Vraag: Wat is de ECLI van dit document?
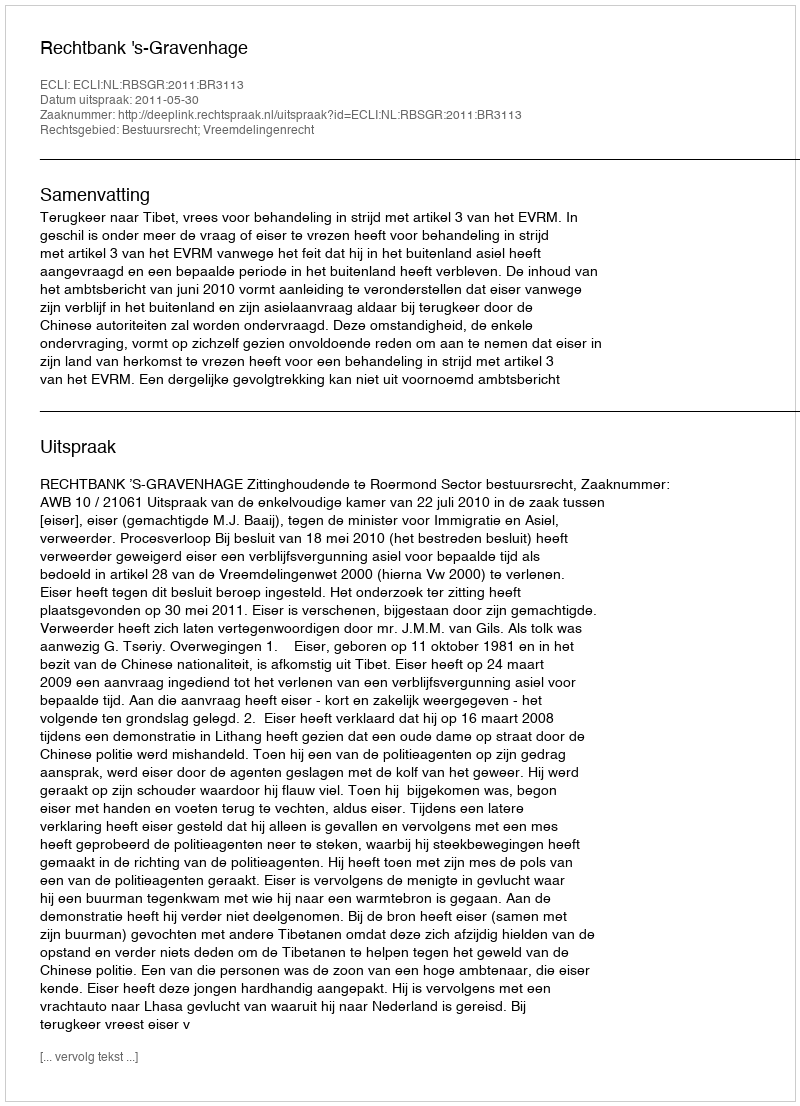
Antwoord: ECLI:NL:RBSGR:2011:BR3113